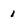
Character: 1